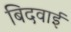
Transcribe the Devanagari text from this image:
बिदवाई